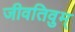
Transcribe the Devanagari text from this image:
जीवतिवुम्